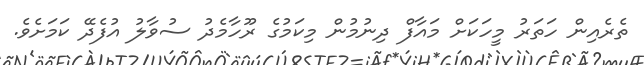
ތެރެއިން ހަތަރު މީހަކަށް މައާފް ދިނުމުން މިކަމުގެ ރޫހާމެދު ސުވާލު އުފެދޭ ކަމަށެވެ.